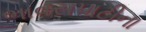
ભાવસપાટીના